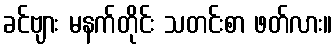
ခင်ဗျား မနက်တိုင်း သတင်းစာ ဖတ်လား။